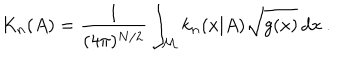
K _ { n } ( A ) = \frac { 1 } { ( 4 \pi ) ^ { N / 2 } } \int _ { \cal M } k _ { n } ( x | A ) \sqrt { g ( x ) } \, d x \: . \nonumber